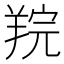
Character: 羦